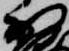
少